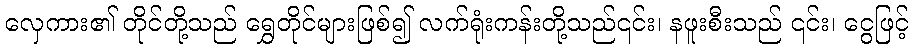
လှေကား၏ တိုင်တို့သည် ရွှေတိုင်များဖြစ်၍ လက်ရုံးကန်းတို့သည်၎င်း၊ နဖူးစီးသည် ၎င်း၊ ငွေဖြင့်